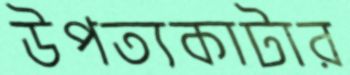
উপত্যকাটার